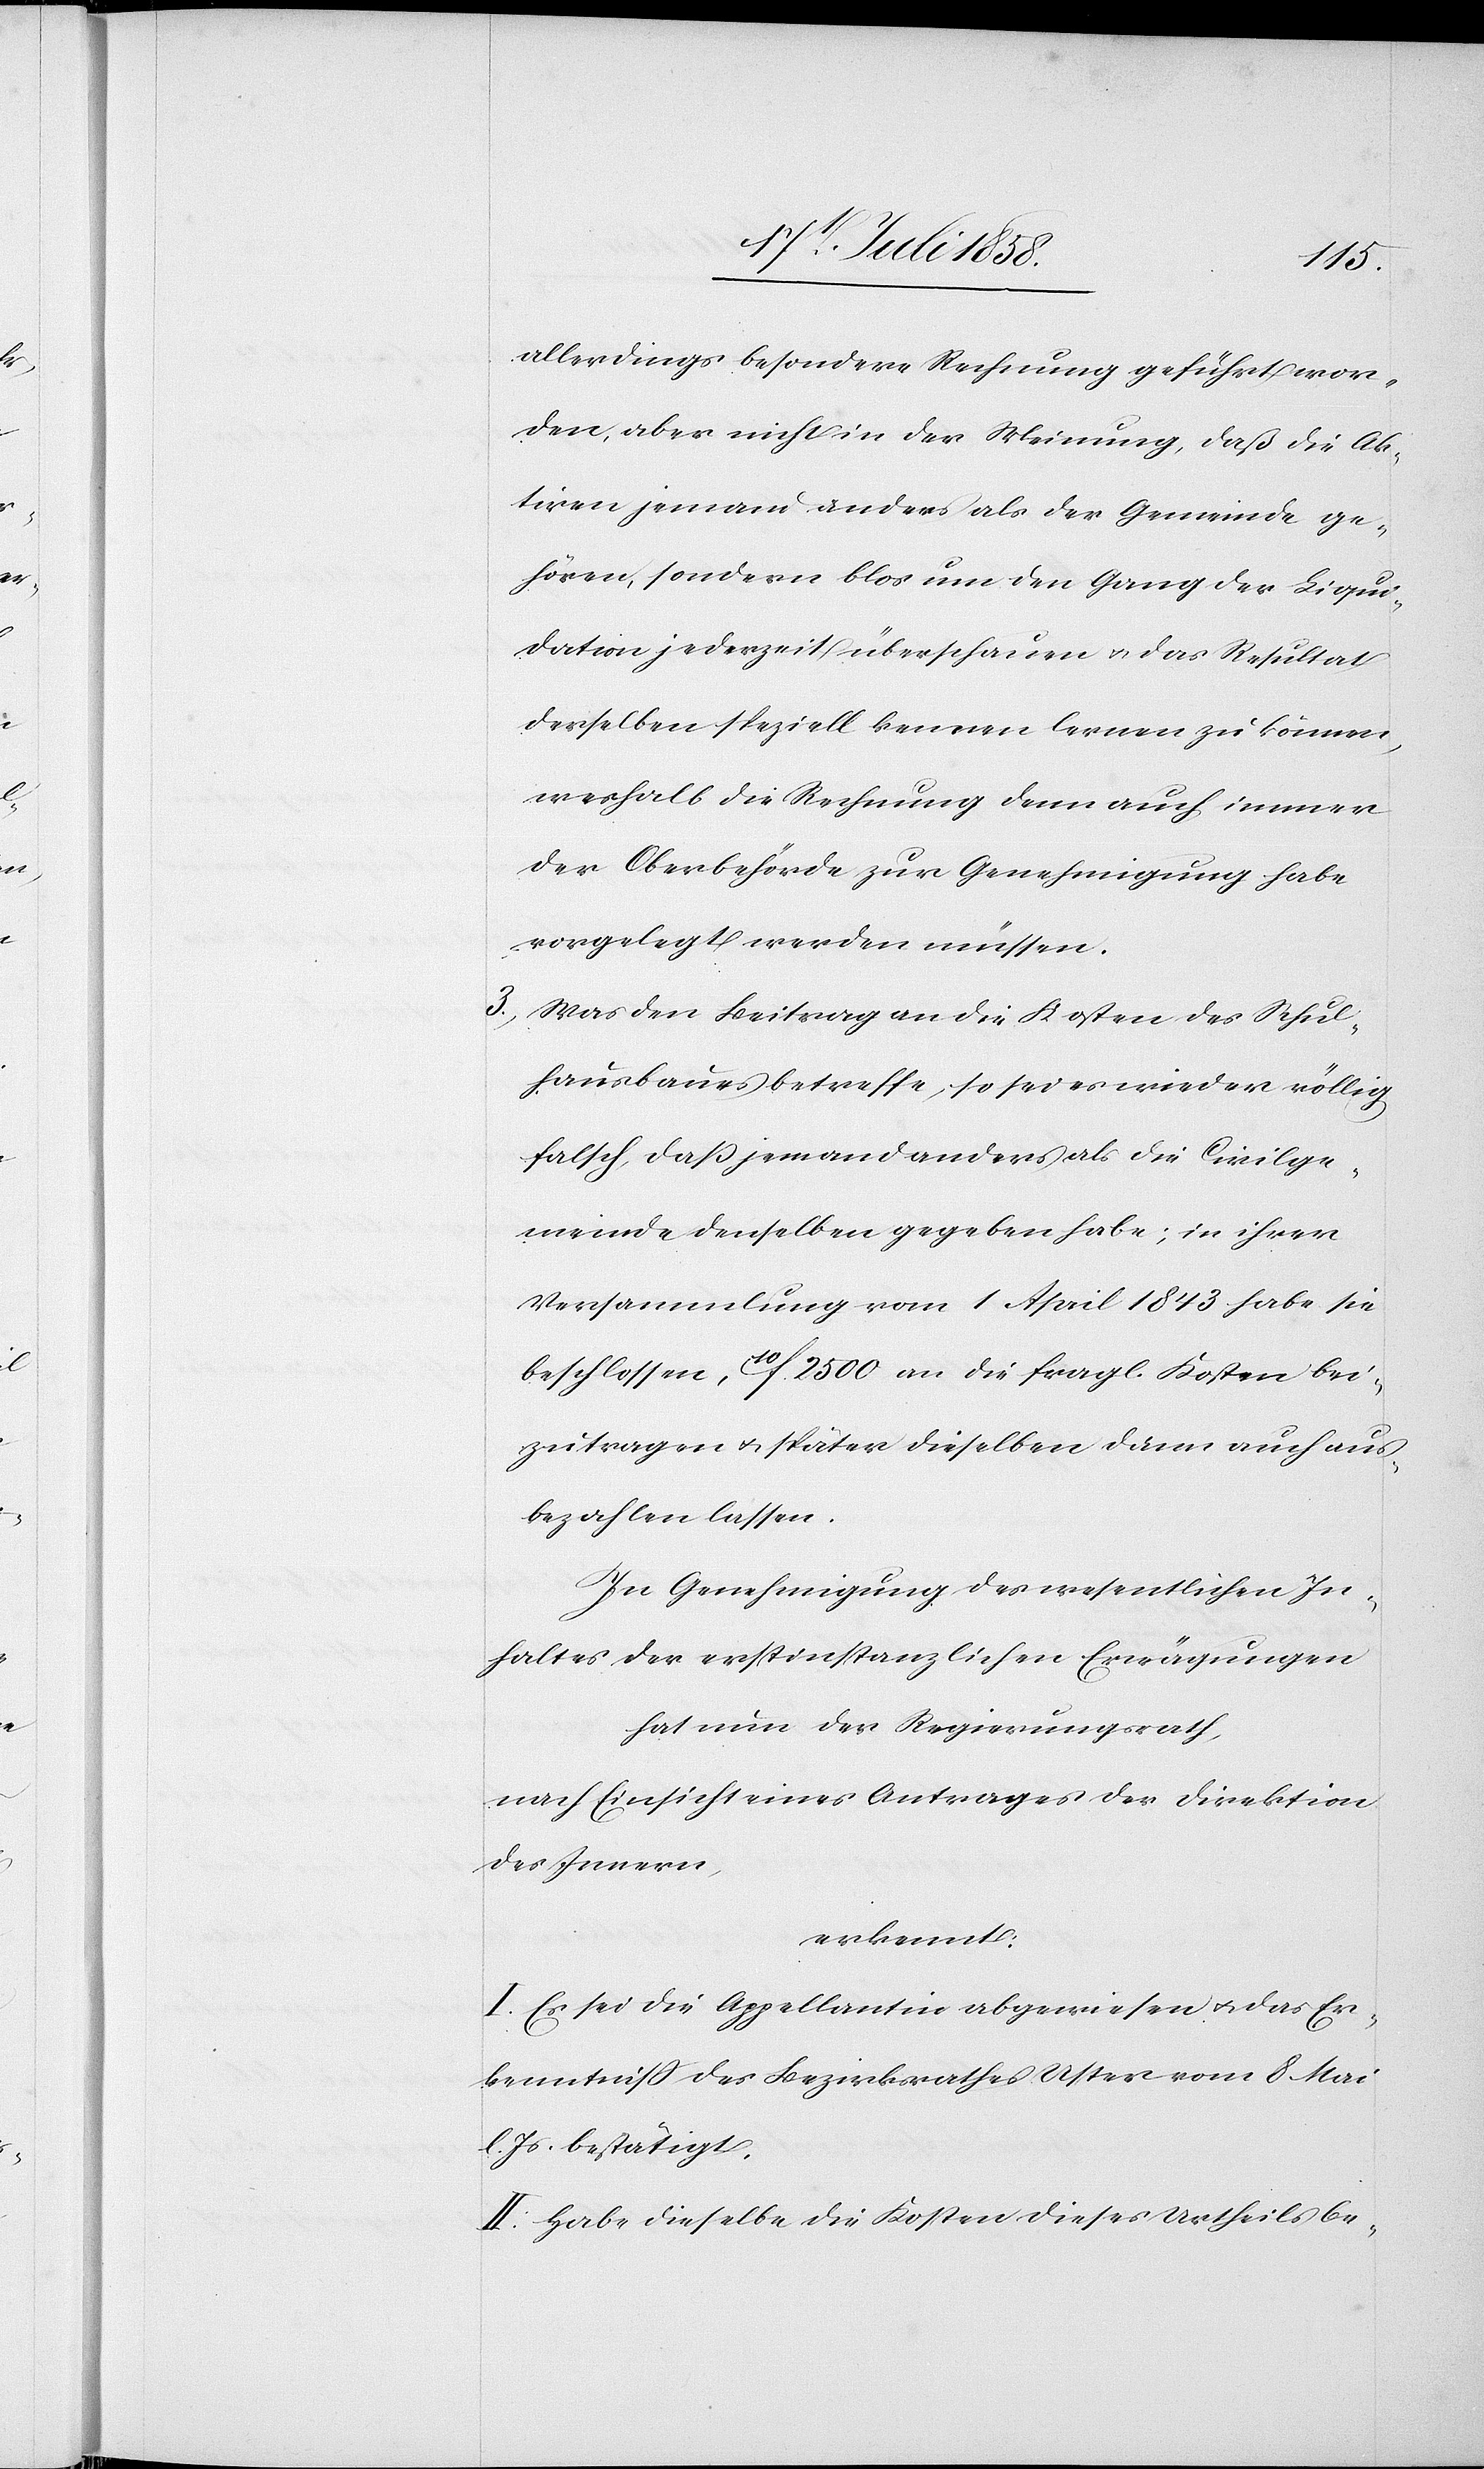
allerdings besondere Rechnung geführt wor¬
den, aber nicht in der Meinung, daß die Ak¬
tiven jemand anders als der Gemeinde ge¬
hören, sondern blos um den Gang der Liqui¬
dation jederzeit überschauen & das Resultat
derselben speziell kennen lernen zu können,
weshalb die Rechnung denn auch immer
der Oberbehörde zur Genehmigung habe
vorgelegt werden müssen.
Was den Beitrag an die Kosten des Schul¬
hausbaues betreffe, so sei es wieder völlig
falsch, daß jemand anders als die Civilge¬
meinde denselben gegeben habe; in ihrer
Versammlung vom 1 April 1843 habe sie
beschlossen, 10f. 2500 an die fragl. Kosten bei¬
zutragen & später dieselben dann auch aus¬
bezahlen lassen.
In Genehmigung des wesentlichen In¬
haltes der erstinstanzlichen Erwägungen
hat nun der Regierungsrath,
nach Einsicht eines Antrages der Direktion
des Innern,
erkennt:
I. Es sei die Appellantin abgewiesen & das Er¬
kenntniss des Bezirksrathes Uster vom 8 Mai
l. Js. bestätigt.
II. Habe dieselbe die Kosten dieses Urtheils be-